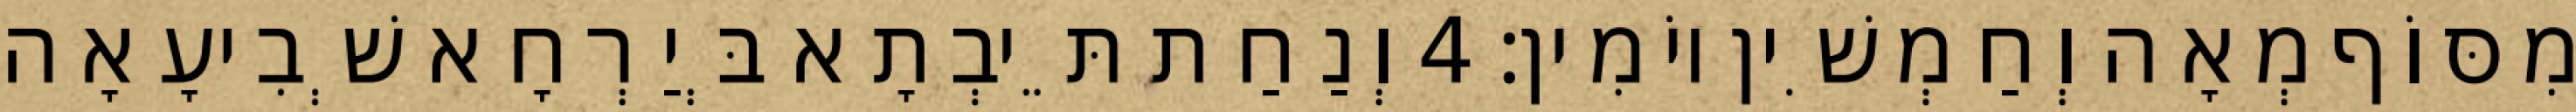
מִסּוֹף מְאָה וְחַמְשִׁין יוֹמִין׃ 4 וְנַחַת תֵּיבְתָא בְּיַרְחָא שְׁבִיעָאָה